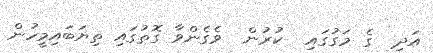
އަދިި  ގެ މަގުގައި  ކުރުން  ވެގެންވާ ގޮތުގައި ތިޔަބައިމީހުން